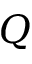
Q